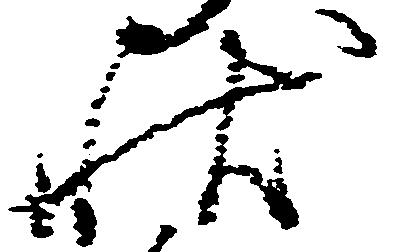
状